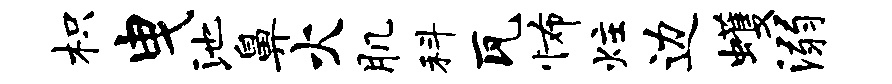
枳曳池鼻火肌科瓦怖炷边蠖溺